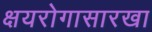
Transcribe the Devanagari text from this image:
क्षयरोगासारखा